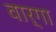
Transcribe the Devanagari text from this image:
वार्गा